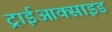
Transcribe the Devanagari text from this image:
ट्राईआक्साइड